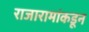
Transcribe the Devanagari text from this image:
राजारामांकडून